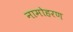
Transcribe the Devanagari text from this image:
नामोहरण